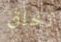
نخلق